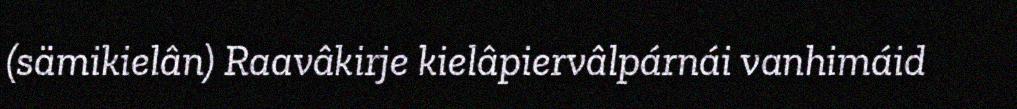
(sämikielân) Raavâkirje kielâpiervâlpárnái vanhimáid